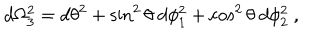
d \Omega _ { 3 } ^ { 2 } = d \theta ^ { 2 } + \sin ^ { 2 } \theta ~ d \phi _ { 1 } ^ { 2 } + \cos ^ { 2 } \theta ~ d \phi _ { 2 } ^ { 2 } \ ,